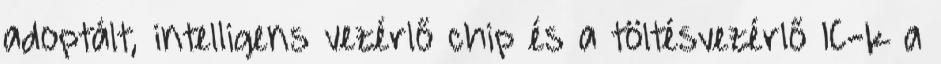
adoptált, intelligens vezérlő chip és a töltésvezérlő IC-k a